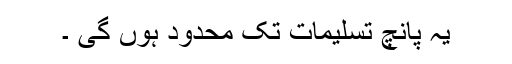
یہ پانچ تسلیمات تک محدود ہوں گی ۔